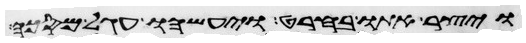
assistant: ויצר אתו בחרט ויעשהו עגל מסכה